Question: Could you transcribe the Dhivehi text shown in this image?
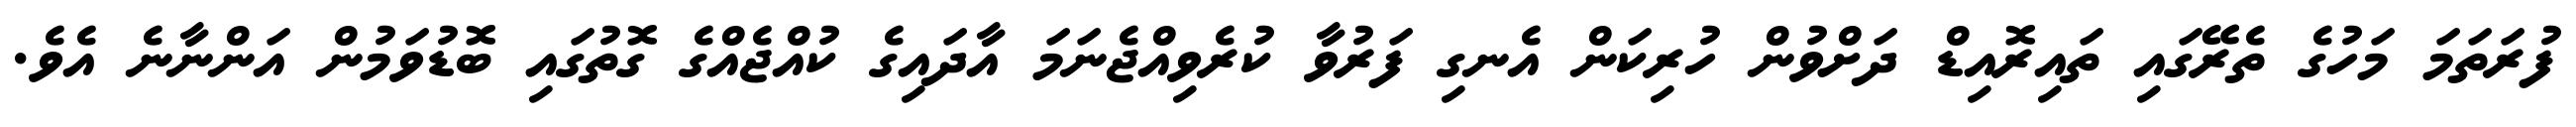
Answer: ފުރަތަމަ މަހުގެ ތެރޭގައި ތައިރޮއިޑް ދަށްވުން ހުރިކަން އެނގި ފަރުވާ ކުރެވިއްޖެނަމަ އާދައިގެ ކުއްޖެއްގެ ގޮތުގައި ބޮޑުވަމުން އަންނާނެ އެވެ.